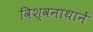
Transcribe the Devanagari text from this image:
विश्वनाथानें